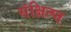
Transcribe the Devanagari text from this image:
संक्षित्प्त